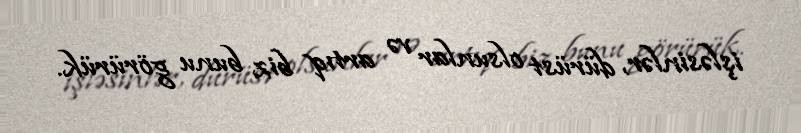
işləsinlər, dürüst olsunlar və artıq biz bunu görürük.